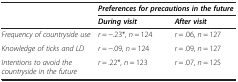
<table><thead><tr><td rowspan="2"><b> </b></td><td colspan="2"><b><i>Preferences for precautions in the future</i></b></td></tr><tr><td><b><i>During visit</i></b></td><td><b><i>After visit</i></b></td></tr></thead><tbody><tr><td><i>Frequency of countryside use</i></td><td><i>r</i> = −.23*, <i>n</i> = 124</td><td><i>r</i> = .06, <i>n</i> = 127</td></tr><tr><td><i>Knowledge of ticks and LD</i></td><td><i>r</i> = −.09, <i>n</i> = 124</td><td><i>r</i> = .09, <i>n</i> = 127</td></tr><tr><td><i>Intentions to avoid the countryside in the future</i></td><td><i>r</i> = .22*, <i>n</i> = 123</td><td><i>r</i> = .07, <i>n</i> = 125</td></tr></tbody></table>